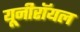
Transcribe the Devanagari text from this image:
यूनीरॉयल